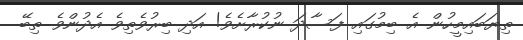
ތިޔަބައިމީހުން އެ ބިމުގައި ފަސާދަ ނުކުރާށެވެ! އަދި ބިރުވެތިވެ އެދުންވެ ތިބޭ